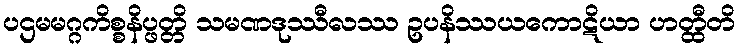
ပဌမမဂ္ဂကိစ္စနိပ္ဖတ္တိ သမဏဒုဿီလဿ ဥပနိဿယကောဋိယာ ဟတ္ထီတိ